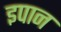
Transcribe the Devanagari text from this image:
इपान